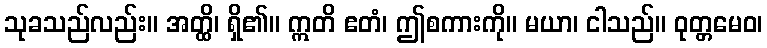
သုခသည်လည်း။ အတ္ထိ၊ ရှိ၏။ ဣတိ ဧတံ၊ ဤစကားကို။ မယာ၊ ငါသည်။ ဝုတ္တမေဝ၊